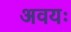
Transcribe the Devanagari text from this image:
अवयः